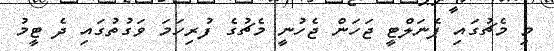
މި މެޗުގައި ޕެނަލްޓީ ޖަހަން ޖެހުނީ މެޗުގެ ފުރިހަމަ ވަގުތުގައި ދެ ޓީމު